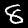
Label: 8